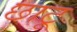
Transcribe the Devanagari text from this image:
छाटू